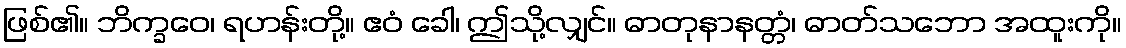
ဖြစ်၏။ ဘိက္ခဝေ၊ ရဟန်းတို့။ ဧဝံ ခေါ၊ ဤသို့လျှင်။ ဓာတုနာနတ္တံ၊ ဓာတ်သဘော အထူးကို။